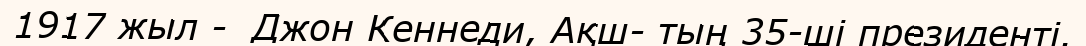
1917 жыл -  Джон Кеннеди, Ақш- тың 35-ші президенті.